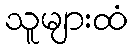
သူများထံ